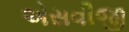
એસવીજી